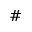
\#